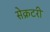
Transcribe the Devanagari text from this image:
सेेक्रटरी